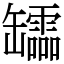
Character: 𦉢